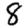
Digit: 8